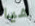
هيا